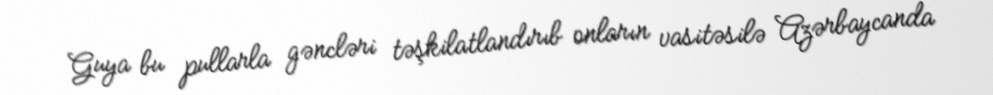
Guya bu pullarla gəncləri təşkilatlandırıb onların vasitəsilə Azərbaycanda